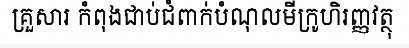
គ្រួសារ កំពុងជាប់ជំពាក់បំណុលមីក្រូហិរញ្ញវត្ថុ